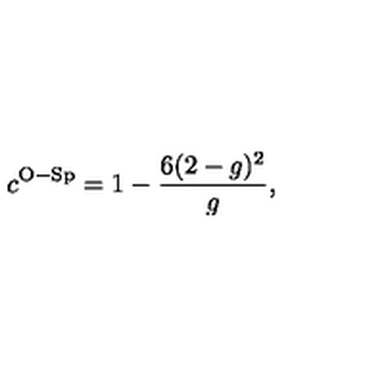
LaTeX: c ^ { \mathrm { O - S p } } = 1 - \frac { 6 ( 2 - g ) ^ { 2 } } { g } ,